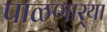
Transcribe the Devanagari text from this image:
पाळणार्‍या